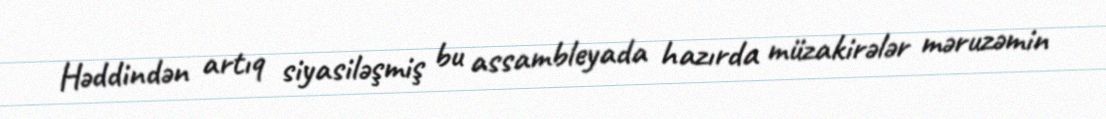
Həddindən artıq siyasiləşmiş bu assambleyada hazırda müzakirələr məruzəmin